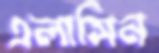
এলাসিন